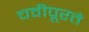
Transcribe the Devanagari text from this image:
चवीपूरते